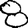
Digit: 8